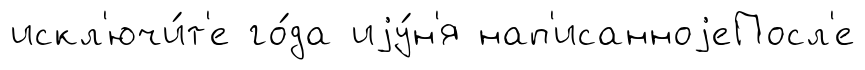
искл'ючи́т'е го́да иjу́н'я нап'исанноjеПосл'е